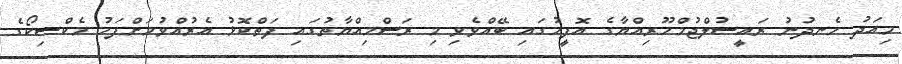
މިއަދު ހެނދުނު ރައީސުލްޖުމްހޫރިއްޔާގެ އޮފީހުގައި ބޭއްވެވި މި ރަސްމިއްޔާތުގައި ފަތްކޮޅު އެރުއްވުމަށްފަހު މެކްސިކޯގެ